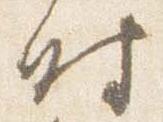
時